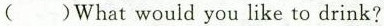
( )What would you like to drink?